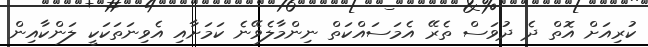
ކުރިއަށް އޮތް ދެ ދުވަސް ތެރޭ އެމަސައްކަތް ނިންމާލެވޭނެ ކަމަށާއި އެވިނަތަކަކީ ލަންކާއިން